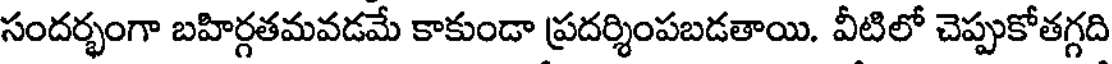
సందర్భంగా బహిర్గతమవడమే కాకుండా ప్రదర్శింపబడతాయి. వీటిలో చెప్పుకోతగ్గది